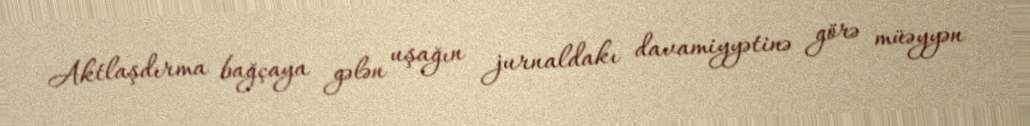
Aktlaşdırma bağçaya gələn uşağın jurnaldakı davamiyyətinə görə müəyyən